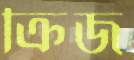
ক্রিজ